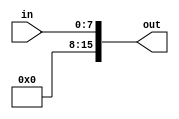
`timescale 1ns / 1ps
//////////////////////////////////////////////////////////////////////////////////
// Company: 
// Engineer: 
// 
// Design Name: 
// Module Name: ZeroExtender8to16
// Project Name: 
// Target Devices: 
// Tool Versions: 
// Description: 
// 
// Dependencies: 
// 
// Revision:
// Revision 0.01 - File Created
// Additional Comments:
// 
//////////////////////////////////////////////////////////////////////////////////


module ZeroExtender8to16(
    input [7:0] in,
    output [15:0] out
    );

    assign out[7:0] = in[7:0];
    assign out[15:8] = 0;

endmodule